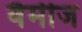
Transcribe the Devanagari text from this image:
वैमीज